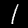
Label: 1